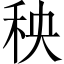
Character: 秧